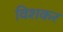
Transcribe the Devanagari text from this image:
विशकर